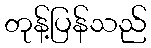
တုန့်ပြန်သည်